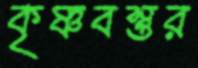
কৃষ্ণবস্তুর